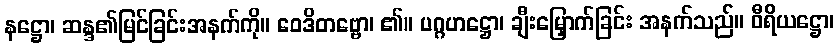
နဋ္ဌော၊ ဆန္ဒ၏မြင်ခြင်းအနက်ကို။ ဝေဒိတဗ္ဗော၊ ၏။ ပဂ္ဂဟဋ္ဌော၊ ချီးမြှောက်ခြင်း အနက်သည်။ ဝီရိယဋ္ဌော၊